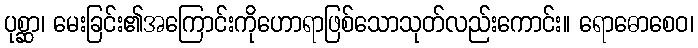
ပုစ္ဆာ၊ မေးခြင်း၏အကြောင်းကိုဟောရာဖြစ်သောသုတ်လည်းကောင်း။ ရောဓောစေဝ၊